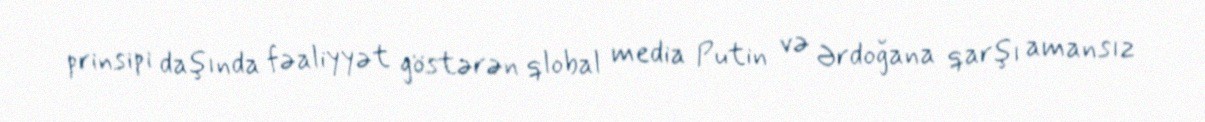
prinsipi daşında fəaliyyət göstərən qlobal media Putin və Ərdoğana qarşı amansız